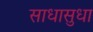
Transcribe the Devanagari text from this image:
साधासुधा